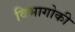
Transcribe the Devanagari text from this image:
विभागोकी